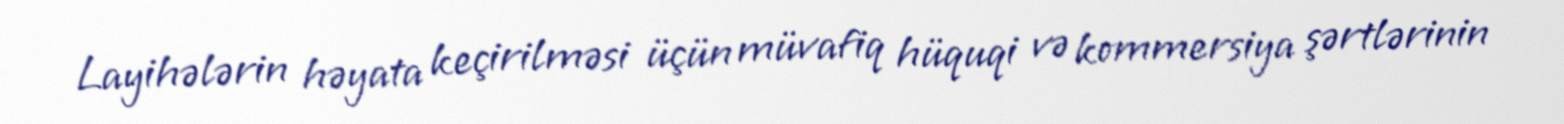
Layihələrin həyata keçirilməsi üçün müvafiq hüquqi və kommersiya şərtlərinin